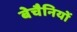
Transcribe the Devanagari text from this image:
बेचैनियों